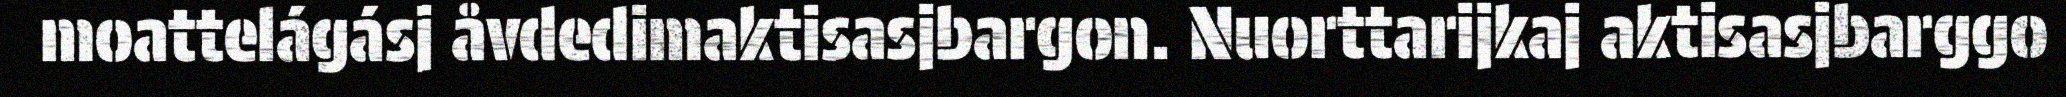
moattelágásj åvdedimaktisasjbargon. Nuorttarijkaj aktisasjbarggo